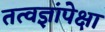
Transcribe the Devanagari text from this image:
तत्वज्ञांपेक्षा